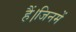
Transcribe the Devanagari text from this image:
हैं।जिनमें